Civil Veterinary Dept. Bombay admin report 1907-1913 - 1907-1913
Year: 1907
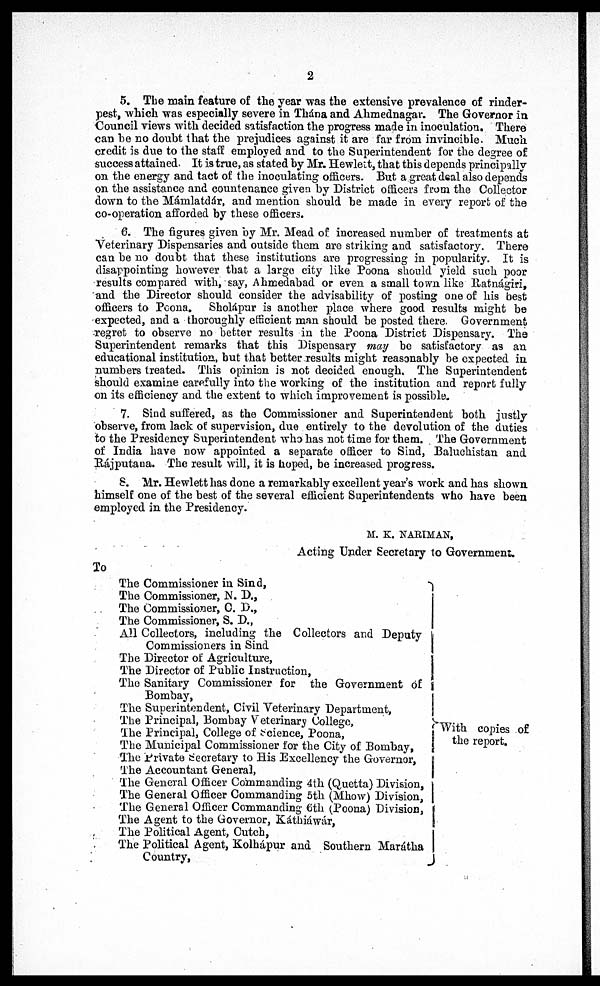
2
5. The main feature of the year was the extensive prevalence of rinder-
pest, which was especially severe in Thána and Ahmednagar. The Governor in
Council views with decided satisfaction the progress made in inoculation. There
can bo no doubt that the prejudices against it are far from invincible. Much
credit is due to the staff employed and to the Superintendent for the degree of
success attained. It is true, as stated by Mr. Hewleit, that this depends principally
on the energy and tact of the inoculating officers. But a great deal also depends
on the assistance and countenance given by District officers from the Collector
down to the Mámlatdár, and mention should be made in every report of the
co-operation afforded by these officers.
6. The figures given by Mr. Mead of increased number of treatments at
Veterinary Dispensaries and outside them are striking and satisfactory. There
can be no doubt that these institutions are progressing in popularity. It is
disappointing however that a largo city like Poona should yield such poor
results compared with, say, Ahmedabad or even a small town like Ratnágiri,
and the Director should consider the advisability of posting one of his best
officers to Poona. Sholápur is another place where good results might be
expected, and a thoroughly efficient man should be posted there Government
regret to observe no better results in the Poona District Dispensary. The
Superintendent remarks that this Dispensary may be satisfactory as an
educational institution, but that better results might reasonably be expected in
numbers treated. This opinion is not decided enough. The Superintendent
should examine carefully into the working of the institution and report fully
on its efficiency and the extent to which improvement is possible.
7. Sind suffered, as the Commissioner and Superintendent both justly
observe, from lack of supervision, due entirely to the devolution of the duties
to the Presidency Superintendent who has not time for them. The Government
of India have now appointed a separate officer to Sind, Baluchistan and
Rájputana. The result will, it is hoped, be increased progress.
8. Mr. Hewlett has done a remarkably excellent year's work and has shown
himself one of the best of the several efficient Superintendents who have been
employed in the Presidency.
M. K. NARIMAN,
Acting Under Secretary to Government.
To
The Commissioner in Sind,
The Commissioner, N. D.,
The Commissioner, C. D.,
The Commissioner, S. D.,
All Collectors, including the Collectors and Deputy
Commissioners in Sind
The Director of Agriculture,
The Director of Public Instruction,
The Sanitary Commissioner for the Government of
Bombay,
The Superintendent, Civil Veterinary Department,
The Principal, Bombay Veterinary College,
The Principal, College of Science, Poona,
The Municipal Commissioner for the City of Bombay,
The Private Secretary to His Excellency the Governor,
The Accountant General,
The General Officer Commanding 4th (Quetta) Division,
The General Officer Commanding 5th (Mhow) Division,
The General Officer Commanding 6th (Poona) Division,
The Agent to the Governor, Káthiáwár,
The Political Agent, Cutch,
The Political Agent, Kolhápur and Southern Marátha
Country,
With copies of
the report.